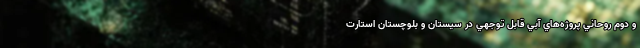
و دوم روحاني پروژه‌هاي آبي قابل توجهي در سيستان و بلوچستان استارت